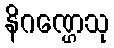
နိဂဏ္ဌေသု